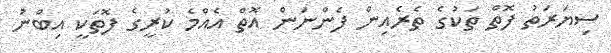
ސިޔަރަތު ފޮތް ތަކުގެ ތެރެއިން ފެންނަން އޮތް އެއްމެ ކުރީގެ ފޮތަކީ އިބްނު